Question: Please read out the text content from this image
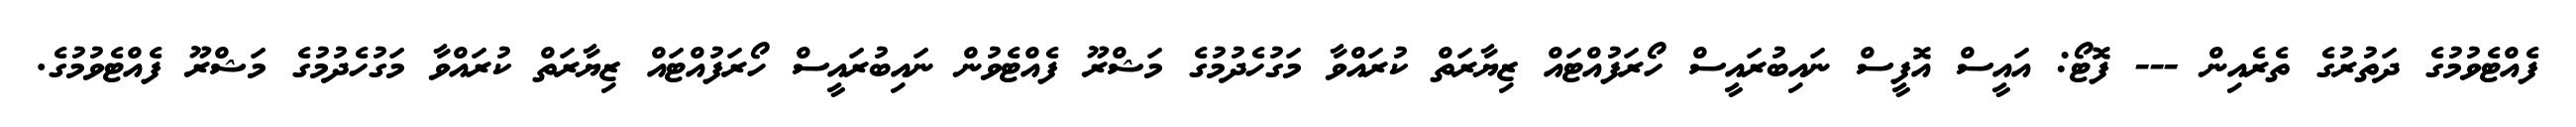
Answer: ފެއްޓެވުމުގެ ދަތުރުގެ ތެރެއިން --- ފޮޓޯ: އައީސް އޮފީސް ނައިބުރައީސް ހޯރަފުއްޓައް ޒިޔާރަތް ކުރައްވާ މަގުހެދުމުގެ މަޝްރޫ ފެއްޓެވުން ނައިބުރައީސް ހޯރަފުއްޓައް ޒިޔާރަތް ކުރައްވާ މަގުހެދުމުގެ މަޝްރޫ ފެއްޓެވުމުގެ.